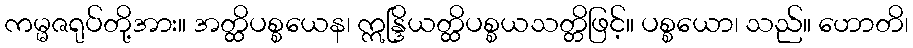
ကမ္မဇရုပ်တို့အား။ အတ္ထိပစ္စယေန၊ ဣန္ဒြိယတ္ထိပစ္စယသတ္တိဖြင့်။ ပစ္စယော၊ သည်။ ဟောတိ၊